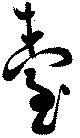
台